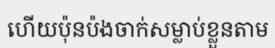
ហើយប៉ុនប៉ងចាក់សម្លាប់ខ្លួនតាម